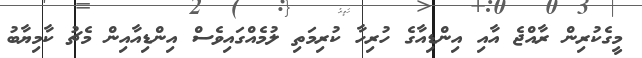
މީގެކުރިން ރާއްޖެ އާއި އިންޑިއާގެ ހުރިހާ ކުރިމަތި ލުމެއްގައިވެސް އިންޑިއާއިން މެޗު ކާމިޔާބު